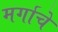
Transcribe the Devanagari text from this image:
मर्गाचे